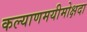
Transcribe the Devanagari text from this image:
कल्याणमयीमोक्षदा